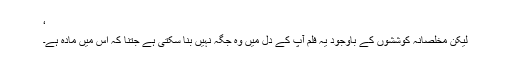
‘
لیکن مخلصانہ کوششوں کے باوجود یہ فلم آپ کے دل میں وہ جگہ نہیں بنا سکتی ہے جتنا کہ اس میں مادہ ہے۔